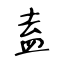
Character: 盍